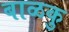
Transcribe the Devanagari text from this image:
बाळकु